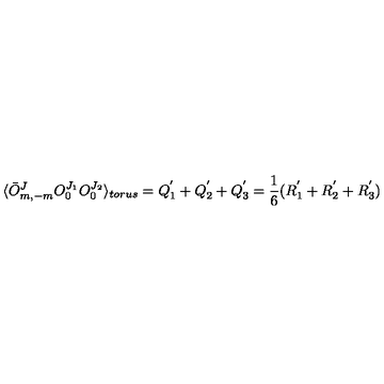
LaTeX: \langle \bar { O } _ { m , - m } ^ { J } O _ { 0 } ^ { J _ { 1 } } O _ { 0 } ^ { J _ { 2 } } \rangle _ { t o r u s } = Q _ { 1 } ^ { ' } + Q _ { 2 } ^ { ' } + Q _ { 3 } ^ { ' } = \frac { 1 } { 6 } ( R _ { 1 } ^ { ' } + R _ { 2 } ^ { ' } + R _ { 3 } ^ { ' } )